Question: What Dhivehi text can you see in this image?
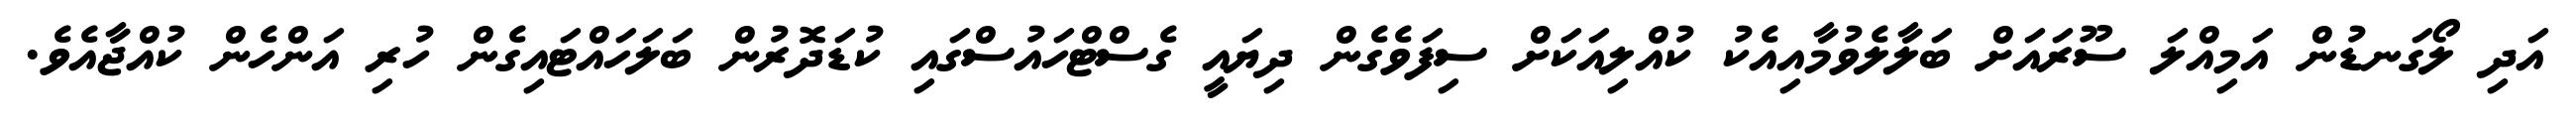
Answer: އަދި ލޯގަނޑުން އަމިއްލަ ސޫރައަށް ބަލާލެވުމާއިއެކު ކުއްލިއަކަށް ސިފަވެގެން ދިޔައީ ގެސްޓްހައުސްގައި ކުޑަދޮރުން ބަލަހައްޓައިގެން ހުރި އަންހެން ކުއްޖާއެވެ.